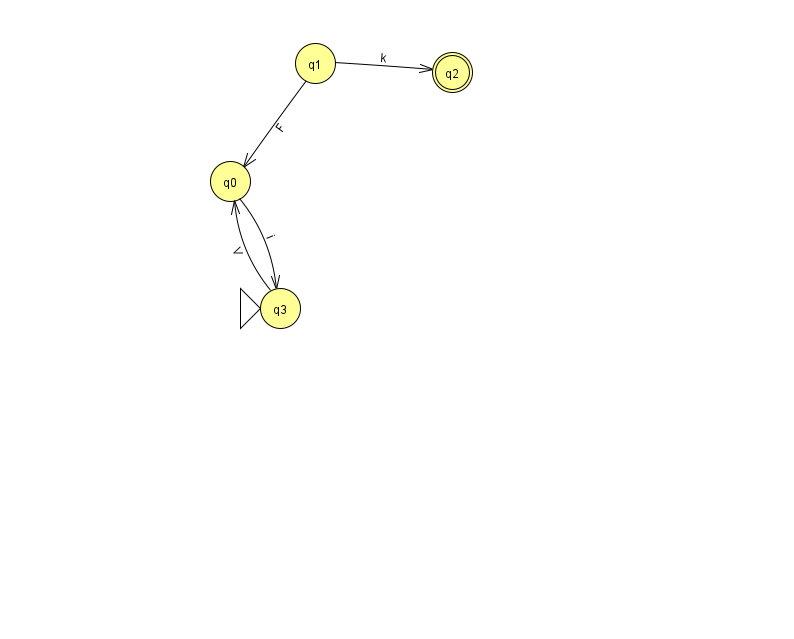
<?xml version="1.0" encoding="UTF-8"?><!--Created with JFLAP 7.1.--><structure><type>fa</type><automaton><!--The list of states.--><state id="0" name="q0"><x>230.0</x><y>168.0</y></state><state id="1" name="q1"><x>315.0</x><y>50.0</y></state><state id="2" name="q2"><x>452.0</x><y>59.0</y><final/></state><state id="3" name="q3"><x>280.0</x><y>295.0</y><initial/></state><!--The list of transitions.--><transition><from>1</from><to>2</to><read>k</read></transition><transition><from>3</from><to>0</to><read>V</read></transition><transition><from>0</from><to>3</to><read>i</read></transition><transition><from>1</from><to>0</to><read>F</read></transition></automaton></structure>